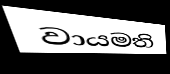
වායමති